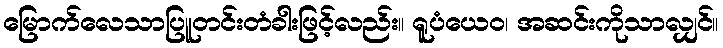
မြောက်လေသာပြူတင်းတံခါးဖြင့်လည်း။ ရူပံယေဝ၊ အဆင်းကိုသာလျှင်။